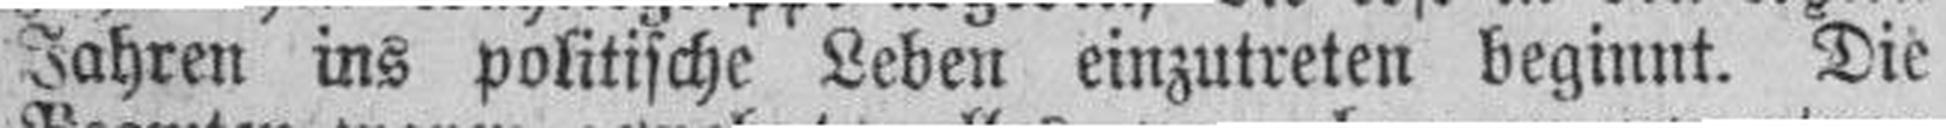
Jahren ins politische Leben einzutreten beginnt. Die